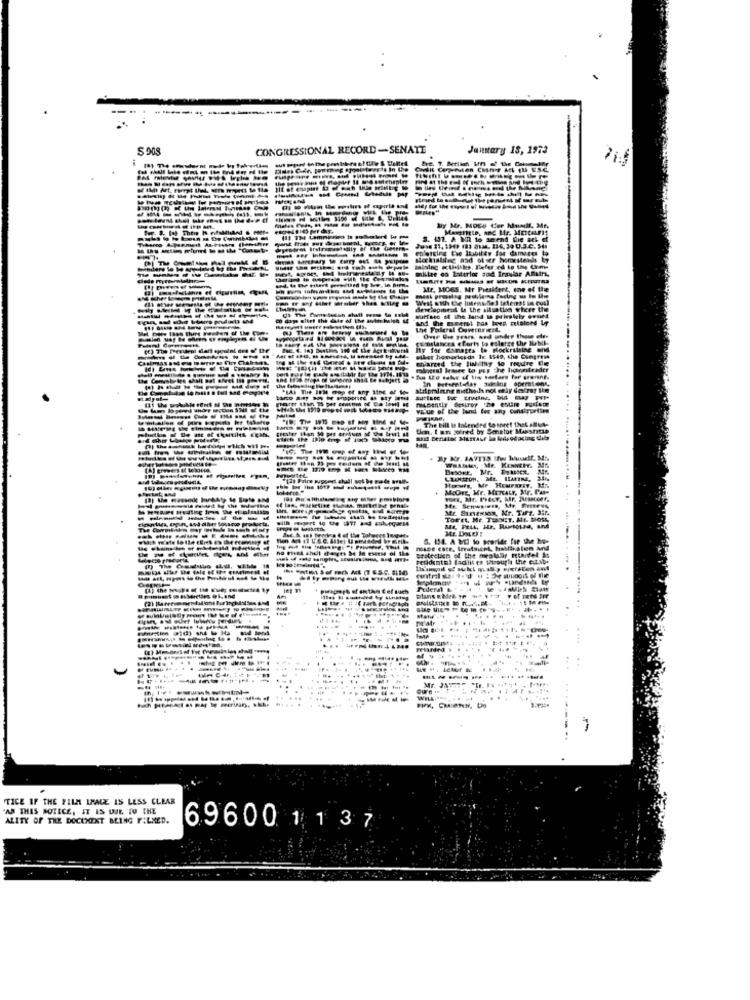
CONGRESSIONAL RECORD -SENATE
Jamary 15, 1973
fit of enapin
-------
----
---------
My Mr. MOCS Cer humil. Me.
3. 432. A WR to seend Die ach ef
-----
------
----------
millee oo Laterior sud Irguiar Afflutrs,
Mr. MO63. Mr President, one of the
West with the Intens nel totems! in cuil
development le the silsatin where the
surface of the land & priskely evund
and the mmerel has been retained Ly
the Fueral Coverericst.
ity for damages to Blockrilaing ens
commelances efforts to eslarge
mard the list iny to require De
ether homortosds le: 1549, the Congress
mineral kemsee to per the licontender
. fun the sale of Sin sastare for srerene.
-----
Mapminng methods not etky destray the
MUIM
value of the land for any construction
The bill is Intended to anret that allus-
Uon Ian joined by Senator Makshtsa
WHANMA, Me. KENNEDY. SUR.
MoOrt, Mr. METALr, Mr. Pat-
---------
ToFet, Mr. TENIT. ML DOSE
Me, PELA, Hr. Rusouza, and
---------
S. 154. A WII to preride for the ho-
Stateclen of the mealally rtandet is
-------
central stas
-
---------
Mr. JE:"
TICE IF THE FILM IMAGE IS LESS CLEAR
"AM THIS NOTICE, IT IS DUE TO THE
ALITY OF THE DOCUMENT BEING FILMED.
69600 1 1 37